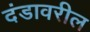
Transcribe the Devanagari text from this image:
दंडावरील